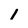
Character: 1